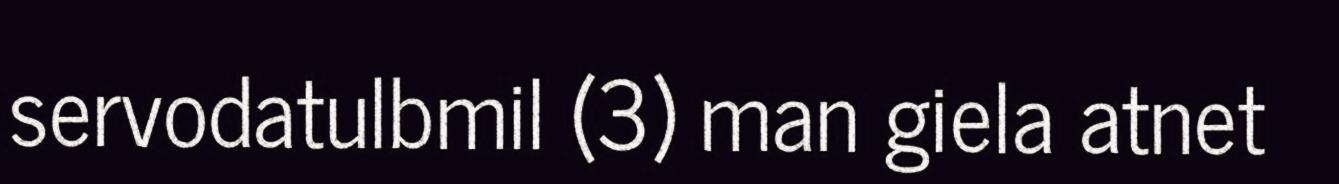
servodatulbmil (3) man giela atnet